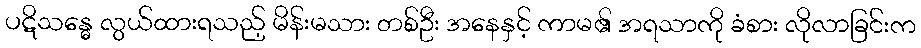
ပဋိသန္ဓေ လွယ်ထားရသည့် မိန်းမသား တစ်ဦး အနေနှင့် ကာမ၏ အရသာကို ခံစား လိုလာခြင်းက